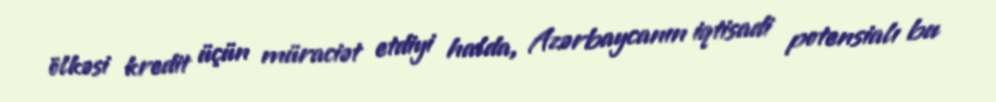
ölkəsi kredit üçün müraciət etdiyi halda, Azərbaycanın iqtisadi potensialı bu